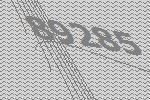
89285